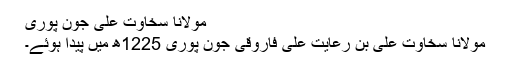
مولانا سخاوت علی جون پوری
مولانا سخاوت علی بن رعایت علی فاروقی جون پوری 1225ھ میں پیدا ہوئے۔